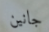
جانين